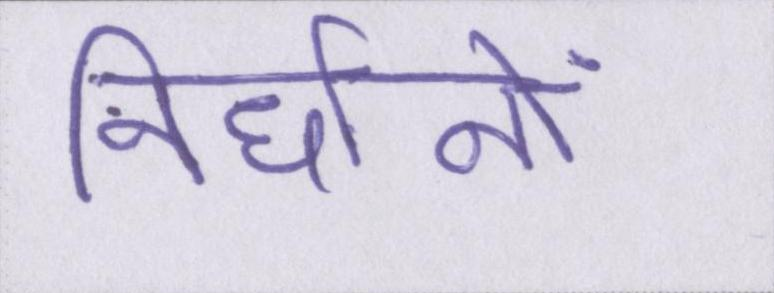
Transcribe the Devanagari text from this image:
निर्धानों